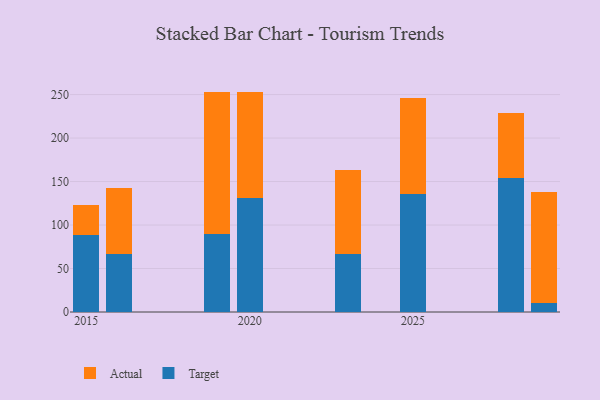
{"axis": {"x": "Year", "y": "Waste Production (Tons)"}, "legend": ["Actual", "Target"], "data": [{"x": "2029", "y": 10.5, "type": "Target"}, {"x": "2029", "y": 127.3, "type": "Actual"}, {"x": "2019", "y": 89.5, "type": "Target"}, {"x": "2019", "y": 163.9, "type": "Actual"}, {"x": "2016", "y": 66.9, "type": "Target"}, {"x": "2016", "y": 75.6, "type": "Actual"}, {"x": "2023", "y": 66.5, "type": "Target"}, {"x": "2023", "y": 96.3, "type": "Actual"}, {"x": "2025", "y": 135.7, "type": "Target"}, {"x": "2025", "y": 109.9, "type": "Actual"}, {"x": "2028", "y": 153.7, "type": "Target"}, {"x": "2028", "y": 74.7, "type": "Actual"}, {"x": "2015", "y": 88.7, "type": "Target"}, {"x": "2015", "y": 34.0, "type": "Actual"}, {"x": "2020", "y": 131.2, "type": "Target"}, {"x": "2020", "y": 122.0, "type": "Actual"}]}